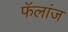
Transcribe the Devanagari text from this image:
फॅलांज